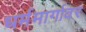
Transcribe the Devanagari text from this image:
धर्ममार्गावर